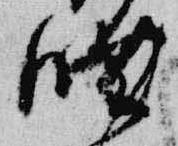
晩